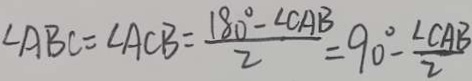
\angle A B C = \angle A C B = \frac { 1 8 0 ^ { \circ } - \angle C A B } { 2 } = 9 0 ^ { \circ } - \frac { \angle C A B } { 2 }